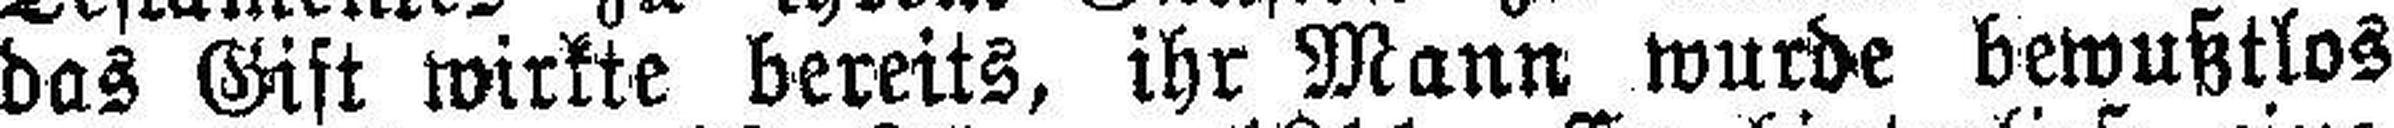
das Gift wirkte bereits, ihr Mann wurde bewußtlos